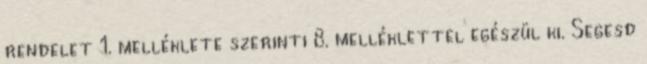
rendelet 1. melléklete szerinti 8. melléklettel egészül ki. Segesd